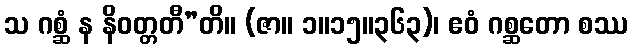
သ ဂစ္ဆံ န နိဝတ္တတီ”တိ။ (ဇာ။ ၁။၁၅။၃၆၃)၊ ဧဝံ ဂစ္ဆတော စဿ